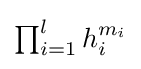
{\textstyle \prod _{i=1}^{l}h_{i}^{m_{i}}}